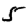
Digit: 5